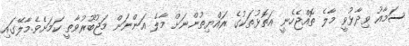
ސަމާއު ވިދާޅުވީ މާލެ ތޮއްޖެހެނީ އަތޮޅުތަކުގެ ރައްޔިތުންނަށް މާލެ އަންނަން މަޖުބޫރުވާތީ ކަމަށެވެ.މާލޭގައި